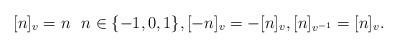
LaTeX: \begin{align*}[n]_v=n\ \ n\in \{-1,0,1\},[-n]_v=-[n]_v, [n]_{v^{-1}}=[n]_v.\end{align*}